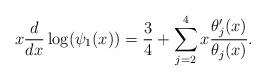
LaTeX: \begin{align*}x \frac{d}{dx} \log(\psi_1(x)) = \frac{3}{4} + \sum_{j=2}^4x \frac{\theta_j'(x)}{\theta_j(x)}.\end{align*}